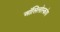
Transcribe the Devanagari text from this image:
ऑसिलोस्कोप